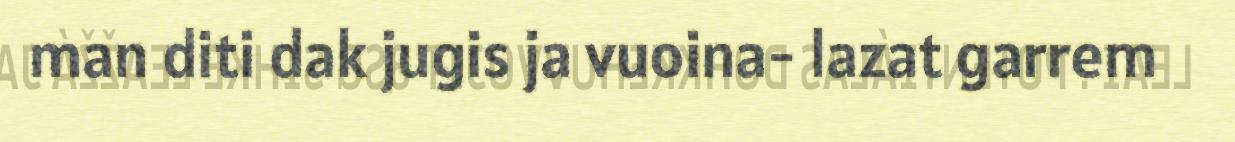
man diti dak jugis ja vuoina- lazat garrem